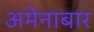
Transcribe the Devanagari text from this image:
अमेनाबार